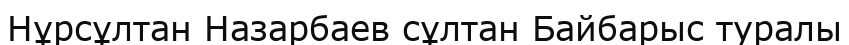
Нұрсұлтан Назарбаев сұлтан Байбарыс туралы